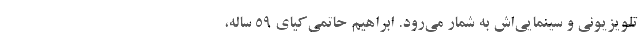
تلویزیونی و سینمایی‌اش به شمار می‌رود. ابراهیم حاتمی‌کیای ۵۹ ساله،